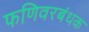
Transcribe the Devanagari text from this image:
फणिवरबंधक